Report of the Indian Hemp Drugs Commission, 1894-1895 - Volume I
Year: 1894
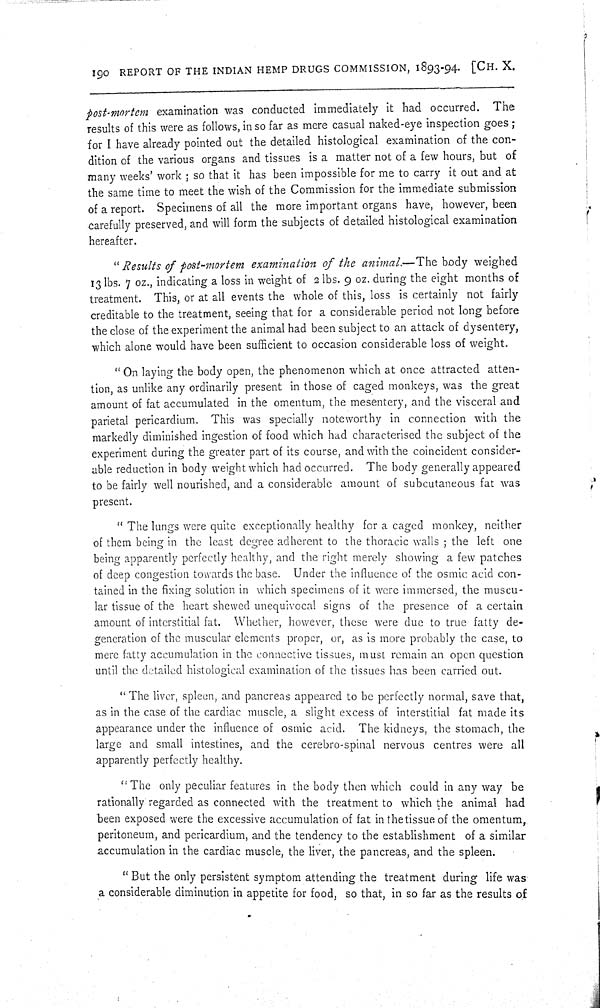
190 REPORT OF THE INDIAN HEMP DRUGS COMMISSION, 1893-94. [CH. X.
post-mortem examination was conducted immediately it had occurred. The
results of this were as follows, in so far as mere casual naked-eye inspection goes;
for I have already pointed out the detailed histological examination of the con-
dition of the various organs and tissues is a matter not of a few hours, but of
many weeks' work; so that it has been impossible for me to carry it out and at
the same time to meet the wish of the Commission for the immediate submission
of a report. Specimens of all the more important organs have, however, been
carefully preserved, and will form the subjects of detailed histological examination
hereafter.
"Results of post-mortem examination of the animal.—The body weighed
13 lbs. 7 oz., indicating a loss in weight of 2 lbs. 9 oz. during the eight months of
treatment. This, or at all events the whole of this, loss is certainly not fairly
creditable to the treatment, seeing that for a considerable period not long before
the close of the experiment the animal had been subject to an attack of dysentery,
which alone would have been sufficient to occasion considerable loss of weight.
"On laying the body open, the phenomenon which at once attracted atten-
tion, as unlike any ordinarily present in those of caged monkeys, was the great
amount of fat accumulated in the omentum, the mesentery, and the visceral and
parietal pericardium. This was specially noteworthy in connection with the
markedly diminished ingestion of food which had characterised the subject of the
experiment during the greater part of its course, and with the coincident consider-
able reduction in body weight which had occurred. The body generally appeared
to be fairly well nourished, and a considerable amount of subcutaneous fat was
present.
"The lungs were quite exceptionally healthy for a caged monkey, neither
of them being in the least degree adherent to the thoracic walls; the left one
being apparently perfectly healthy, and the right merely showing a few patches
of deep congestion towards the base. Under the influence of the osmic acid con-
tained in the fixing solution in which specimens of it were immersed, the muscu-
lar tissue of the heart shewed unequivocal signs of the presence of a certain
amount of interstitial fat. Whether, however, these were due to true fatty de-
generation of the muscular elements proper, or, as is more probably the case, to
mere fatty accumulation in the connective tissues, must remain an open question
until the detailed histological examination of the tissues has been carried out.
"The liver, spleen, and pancreas appeared to be perfectly normal, save that,
as in the case of the cardiac muscle, a slight excess of interstitial fat made its
appearance under the influence of osmic acid. The kidneys, the stomach, the
large and small intestines, and the cerebro-spinal nervous centres were all
apparently perfectly healthy.
"The only peculiar features in the body then which could in any way be
rationally regarded as connected with the treatment to which the animal had
been exposed were the excessive accumulation of fat in the tissue of the omentum,
peritoneum, and pericardium, and the tendency to the establishment of a similar
accumulation in the cardiac muscle, the liver, the pancreas, and the spleen.
"But the only persistent symptom attending the treatment during life was
a considerable diminution in appetite for food, so that, in so far as the results of